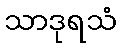
သာဒုရသံ